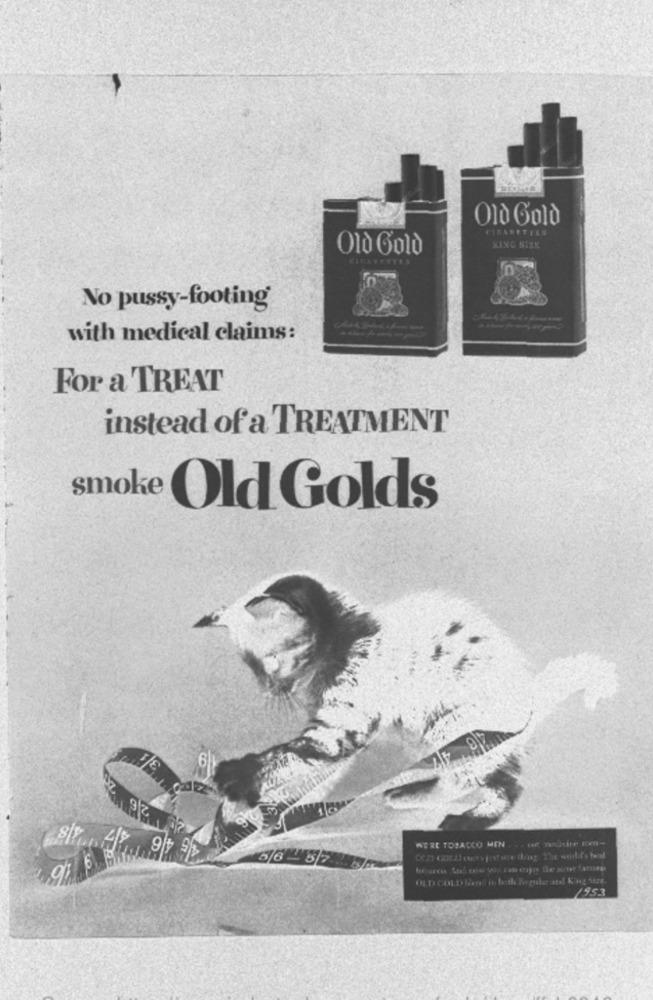
Old Gold
CHEASETTES
Old Gold
KING SIXE
No pussy-footing
with medical claims:
For a TREAT
instead of a TREATMENT
smoke Old Golds
WERE TOBACCO MIN . Her maudite Em-
OLD GOLD Band in both Beguile atd King M2.
/953